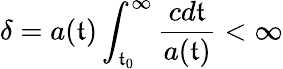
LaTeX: \delta=a(\mathfrak{t})\int_{\mathfrak{t}_{0}}^{\infty}\frac{{cd\mathfrak{t}}}{{a(\mathfrak{t})}}<\infty